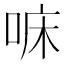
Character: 𠳹